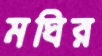
মঘির